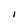
Character: I